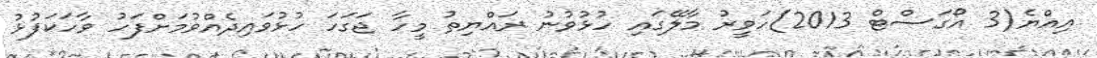
އިއްޔެ(3 އޯގަސްޓް 2013)ހަވީރު މާލޭގައި ހުޅުވުނު ރައްޔިތު މީހާ ޖަގަހަ ހުޅުވައިދެއްވުމަށްފަހު ވާހަކަފުޅު